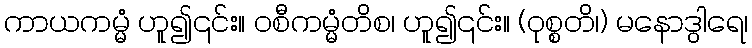
ကာယကမ္မံ ဟူ၍၎င်း။ ဝစီကမ္မံတိစ၊ ဟူ၍၎င်း။ (ဝုစ္စတိ၊) မနောဒွါရေ၊